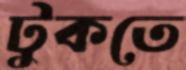
টুকতে